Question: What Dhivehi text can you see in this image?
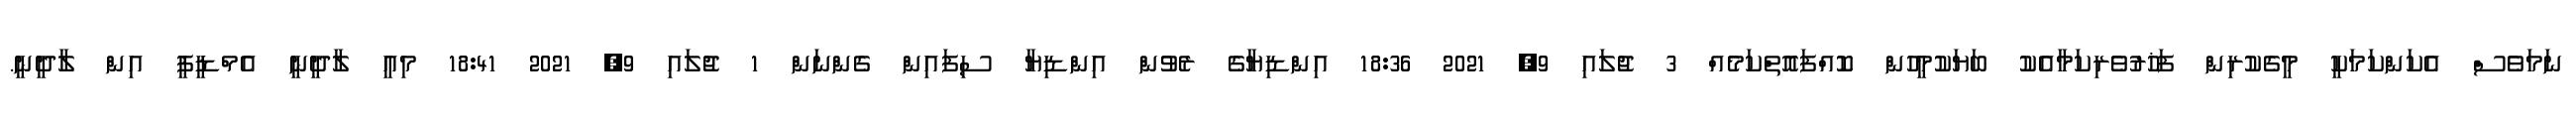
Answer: ނަމަވެސް އެކަންކަމަކީ މީގެކުރިން ފަޚުރުވެރިކަމާއެކު ބަޔަކުމީހުން ކޮއްފައޮތްކަމެއް 3 ޖުލައި 9, 2021 18:36 އިންޑިޔާގެ ރެވުން އިންޑިޔާ ސިފައިން ގެންނަން 1 ޖުލައި 9, 2021 18:41 މިއީ ލާދީނީ އެމްޑީޕީ އިން ލާދީނީ.